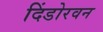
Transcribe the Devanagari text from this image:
दिंडोरवन